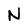
Character: N